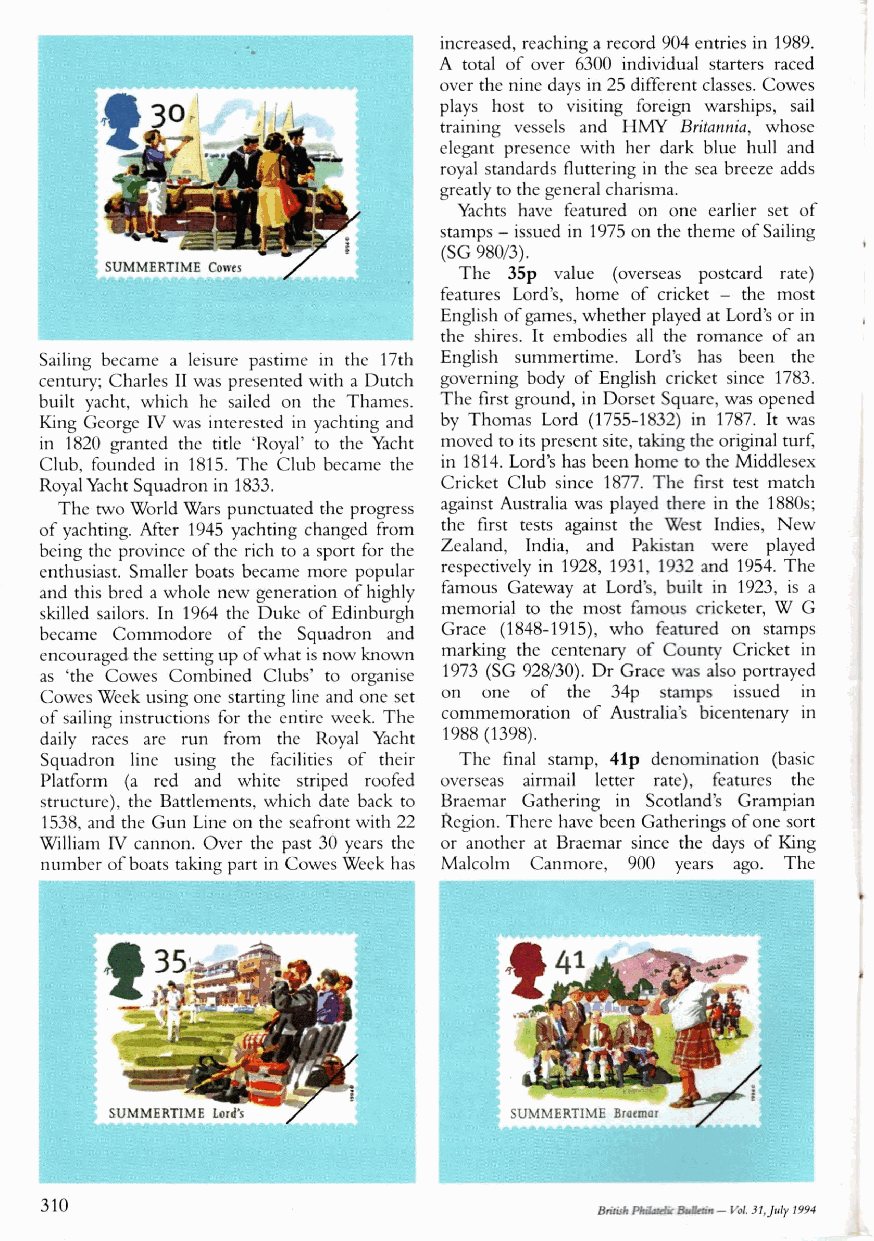
increased, reaching a record 904 entries in 1989.
 A total of over 6300 individual starters raced
 over the nine days in 25 different classes. Cowes
 plays host to visiting foreign warships, sail
 training vessels and HMY Britannia, whose
 elegant presence with her dark blue hull and
 royal standards fluttering in the sea breeze adds
 greatly to the general charisma.
 Yachts have featured on one earlier set of
 stamps - issued in 1975 on the theme of Sailing
 (SG 980/3).
 SUMMERTIME Cowes       The 35p value (overseas postcard rate)
 features Lord’s, home of cricket - the most
 English of games, whether played at Lord’s or in
 the shires. It embodies all the romance of an
 Sailing became a leisure pastime in the 17th English summertime. Lord’s has been the
 century; Charles II was presented with a Dutch governing body of English cricket since 1783.
 built yacht, which he sailed on the Thames. The first ground, in Dorset Square, was opened
 King George IV was interested in yachting and by Thomas Lord (1755-1832) in 1787. It was
 in 1820 granted the title ‘Royal’ to the Yacht moved to its present site, taking the original turf,
 Club, founded in 1815. The Club became the in 1814. Lord’s has been home to the Middlesex
 Royal Yacht Squadron in 1833. Cricket Club since 1877. The first test match
 The two World Wars punctuated the progress against Australia was played there in the 1880s;
 of yachting. After 1945 yachting changed from the first tests against the West Indies, New
 being the province of the rich to a sport for the Zealand, India, and Pakistan were played
 enthusiast. Smaller boats became more popular respectively in 1928, 1931, 1932 and 1954. The
 and this bred a whole new generation of highly famous Gateway at Lord’s, built in 1923, is a
 skilled sailors. In 1964 the Duke of Edinburgh memorial to the most famous cricketer, W G
 became Commodore of the Squadron and Grace (1848-1915), who featured on stamps
 encouraged the setting up of what is now known marking the centenary of County Cricket in
 as ‘the Cowes Combined Clubs’ to organise 1973 (SG 928/30). Dr Grace was also portrayed
 Cowes Week using one starting line and one set on one of the 34p stamps issued in
 of sailing instructions for the entire week. The commemoration of Australia’s bicentenary in
 daily races arc run from the Royal Yacht 1988 (1398).
 Squadron line using the facilities of their The final stamp, 41p denomination (basic
 Platform (a red and white striped roofed overseas airmail letter rate), features the
 structure), the Battlements, which date back to Braemar Gathering in Scotland’s Grampian
 1538, and the Gun Line on the seafront with 22 Region. There have been Gatherings of one sort
 William IV cannon. Over the past 30 years the or another at Braemar since the days of King
 number of boats taking part in Cowes Week has Malcolm Canmorc, 900 years ago. The
 310